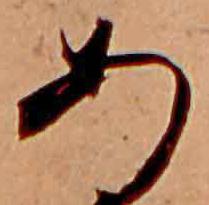
あ